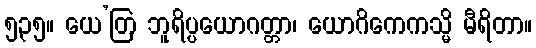
၅၃၅။ ယေ’တြ ဘူရိပ္ပယောဂတ္တာ၊ ယောဂိကေကသ္မိ မီရိတာ။